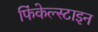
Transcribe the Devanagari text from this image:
फिंकेल्स्टाइन